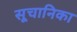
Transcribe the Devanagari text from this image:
सूचानिका